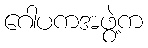
ဂေါပကအဖွဲ့က